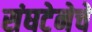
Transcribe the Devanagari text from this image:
संघटेनेचे